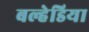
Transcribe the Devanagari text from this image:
बल्हेडिया